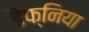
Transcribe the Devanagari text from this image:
डैफ्निया